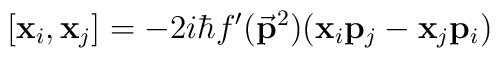
[{\bf{x}}_i,{\bf{x}}_j] = -2i\hbar f^\prime({\bf \vec{p}}^2) ({\bf{x}}_i {\bf{p}}_j - {\bf{x}}_j {\bf{p}}_i)